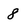
Character: 8